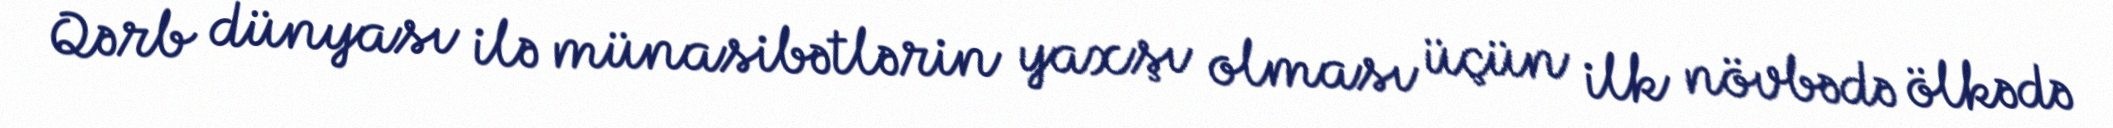
Qərb dünyası ilə münasibətlərin yaxşı olması üçün ilk növbədə ölkədə